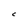
Character: C